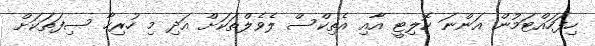
ހިފަހައްޓަމުން އަންނަ ކޮލިޓީ އާއި އެތިކްސް ލެވެލްތަކަށް އަދި މި ހުރިހާ ސިފަތަކަށް